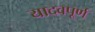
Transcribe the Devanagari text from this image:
यादवपूर्ण